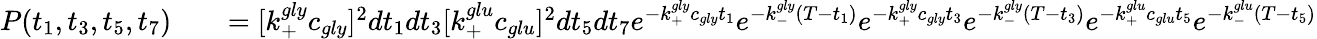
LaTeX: \begin{array}{rlr}{P(t_{1},t_{3},t_{5},t_{7})}&{{}}&{=[k_{+}^{gly}c_{gly}]^{2}dt_{1}dt_{3}[k_{+}^{glu}c_{glu}]^{2}dt_{5}dt_{7}e^{-k_{+}^{gly}c_{gly}t_{1}}e^{-k_{-}^{gly}(T-t_{1})}e^{-k_{+}^{gly}c_{gly}t_{3}}e^{-k_{-}^{gly}(T-t_{3})}e^{-k_{+}^{glu}c_{glu}t_{5}}e^{-k_{-}^{glu}(T-t_{5})}}\end{array}